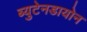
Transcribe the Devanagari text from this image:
ब्युटेनडायोन